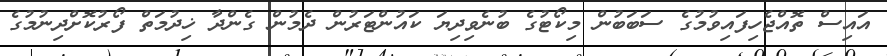
އައިސް ތޮއްޖެހިފައިވުމުގެ ސަބަބުން މިކޯޓުގެ ބުނެވިދިޔަ ކައުންޓަރުން ދެމުން ގެންދާ ޚިދުމަތް ފޯރުކޮށްދިނުމުގެ